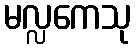
မလ္လကေသု